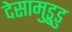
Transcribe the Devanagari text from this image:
देसामुड्रुडु